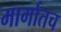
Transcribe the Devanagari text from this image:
मार्गातच